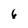
Character: 6